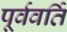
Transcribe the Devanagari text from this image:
पूर्ववर्ति